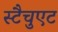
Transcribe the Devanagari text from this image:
स्टैचुएट